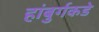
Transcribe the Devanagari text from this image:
हांबुर्गकडे